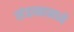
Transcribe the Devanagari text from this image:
संग्रामामध्ये